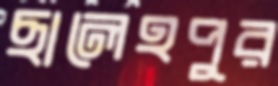
ছালেহপুর